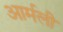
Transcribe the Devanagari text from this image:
आर्मली